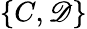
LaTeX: \{ C,\mathscr{D}\}